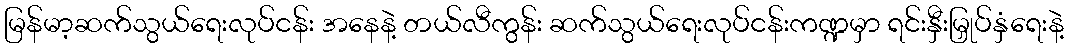
မြန်မာ့ဆက်သွယ်ရေးလုပ်ငန်း အနေနဲ့ တယ်လီကွန်း ဆက်သွယ်ရေးလုပ်ငန်းကဏ္ဍမှာ ရင်းနှီးမြှုပ်နှံရေးနဲ့